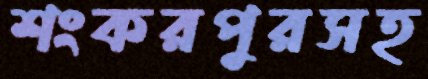
শংকরপুরসহ